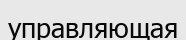
управляющая